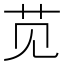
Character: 苋